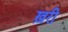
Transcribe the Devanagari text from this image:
ख़री